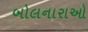
બોલનારાઓ